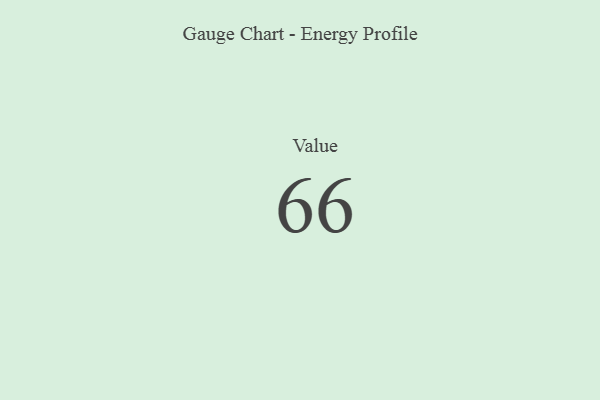
{"axis": {"x": "Metric", "y": "Value"}, "legend": [""], "data": [{"x": "Value", "y": 66, "type": ""}]}